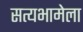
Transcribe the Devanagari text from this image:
सत्यभामेला